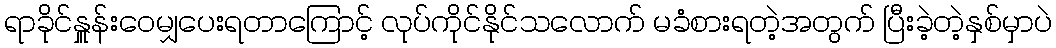
ရာခိုင်နှူန်းဝေမျှပေးရတာကြောင့် လုပ်ကိုင်နိုင်သလောက် မခံစားရတဲ့အတွက် ပြီးခဲ့တဲ့နှစ်မှာပဲ